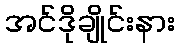
အင်ဒိုချိုင်းနား